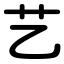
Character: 艺